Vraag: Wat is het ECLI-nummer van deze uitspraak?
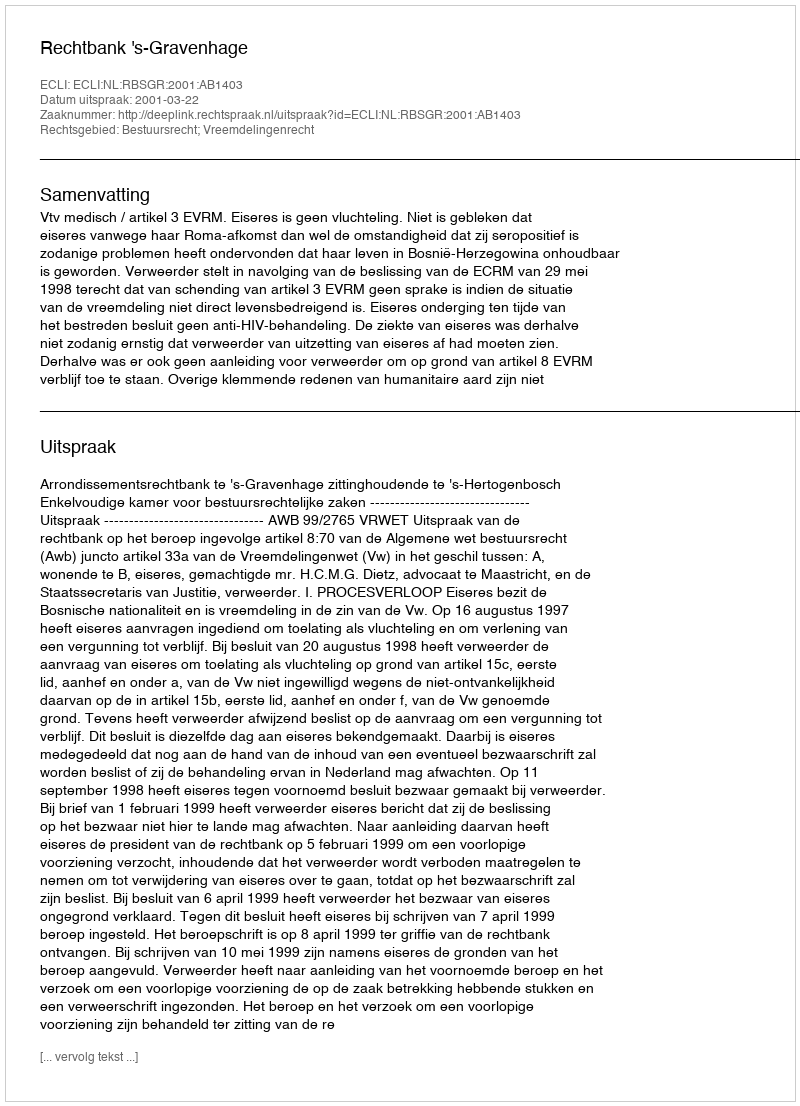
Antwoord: ECLI:NL:RBSGR:2001:AB1403